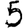
Digit: 5